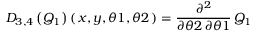
{ { D } _ { 3 , 4 } } \left( \! \, { { Q } _ { 1 } } \, \! \right) ( \, { x } , { y } , { \theta 1 } , { \theta 2 } \, ) = { \frac { { \partial } ^ { 2 } } { { \partial } { \theta 2 } \, { \partial } { \theta 1 } } } \, { { Q } _ { 1 } }